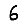
Digit: 6